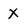
Character: X